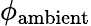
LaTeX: \phi_{\mathrm{ambient}}